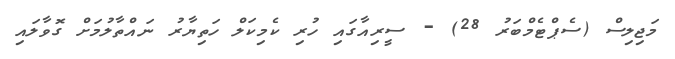
މަޖިލިސް (ސެޕްޓެމްބަރު 28) - ސީރިއާގައި ހުރި ކެމިކަލް ހަތިޔާރު ނައްތާލުމަށް ގޮވާލައި